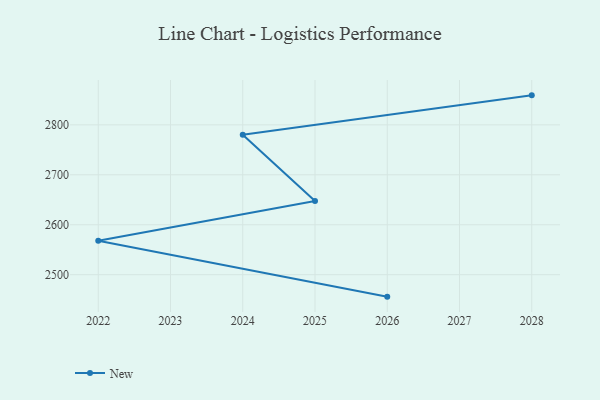
{"axis": {"x": "Year", "y": "Website Visitors"}, "legend": ["New"], "data": [{"x": "2026", "y": 2456.0, "type": "New"}, {"x": "2022", "y": 2567.9, "type": "New"}, {"x": "2025", "y": 2647.4, "type": "New"}, {"x": "2024", "y": 2780.3, "type": "New"}, {"x": "2028", "y": 2859.1, "type": "New"}]}